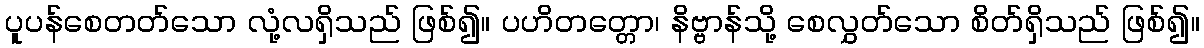
ပူပန်စေတတ်သော လုံ့လရှိသည် ဖြစ်၍။ ပဟိတတ္တော၊ နိဗ္ဗာန်သို့ စေလွှတ်သော စိတ်ရှိသည် ဖြစ်၍။